system: You are a helpful assistant.
user:
Analyze the provided spectrum to determine if it is a **"Cataclysmic Variables (CV)"**.

- **Key Indicators for CV (Check for either state):**
    - **State 1: Quiescent / Low-State (Emission-Dominated)**
        - **(Primary):** Strong and *very broad* Hydrogen Balmer emission lines (e.g., $H\alpha$ at 6563 Å, $H\beta$ at 4861 Å). The 'broadness' (high velocity dispersion, often FWHM > 1000 km/s) is the key diagnostic, indicating a high-velocity accretion disk.
        - **(Secondary):** Broad neutral Helium (He I) emission lines (e.g., 5876 Å, 6678 Å).
        - **(Key Confirmation):** Presence of high-excitation *ionized* Helium (He II) emission at 4686 Å. This is a strong indicator of accretion onto a white dwarf.
        - **(Line Profile):** Emission lines may exhibit a 'double-peaked' profile, which is a classic signature of a rotating accretion disk viewed at high inclination.

    - **State 2: Outburst / High-State (Absorption-Dominated)**
        - **(Primary):** Spectrum is dominated by a bright, blue continuum (looks like a hot star).
        - **(Secondary):** The emission lines from State 1 are weak, absent, or 'filled in', and are replaced by broad, shallow *absorption* lines (primarily Balmer and He I).
        - **(Morphology):** The overall spectrum mimics a hot B/A-type star. The crucial difference is that the absorption lines are significantly broader, shallower, and more 'washed-out' (or 'smeared') than the sharp lines of a normal stellar photosphere, due to high rotational speeds and pressure broadening in the disk.

Think first, call **spectral_visualization_tool** if needed to examine features in detail, then provide your final answer. Your response must adhere to the following strict rules:
1.  **Overall Structure:** Your response must follow the format `<think>...</think> <tool_call>...</tool_call> (if a tool is used) <answer>...</answer>`.
2.  **Tool Usage Constraint:** You may only make **one** tool call per turn.
3.  **Final Answer Format:** In the `<answer>` tag, your conclusion must be inside a `\boxed{}` command (e.g., `\boxed{YES}`), followed by your justification.

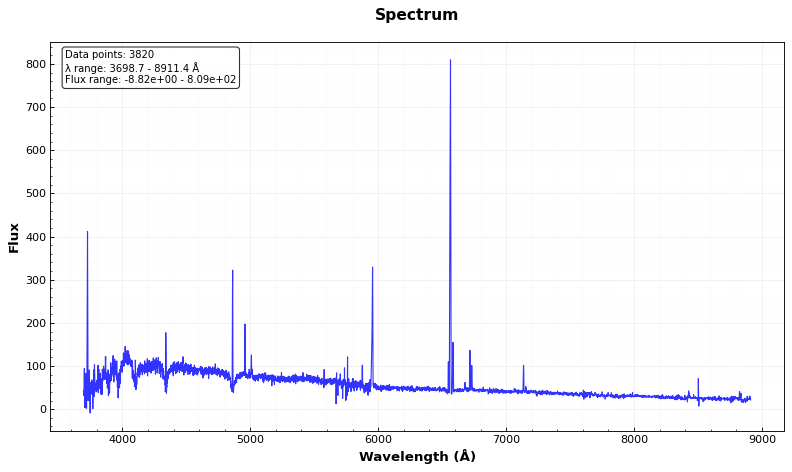
Answer: NO